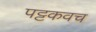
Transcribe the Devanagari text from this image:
पट्टकवच